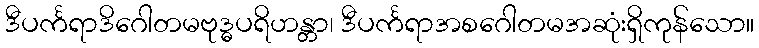
ဒီပင်္ကရာဒိဂေါတမဗုဒ္ဓပရိဟန္တာ၊ ဒီပင်္ကရာအစဂေါတမအဆုံးရှိကုန်သော။